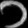
Digit: ၁